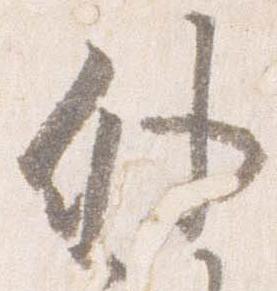
外